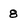
Character: 8